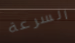
السرعة